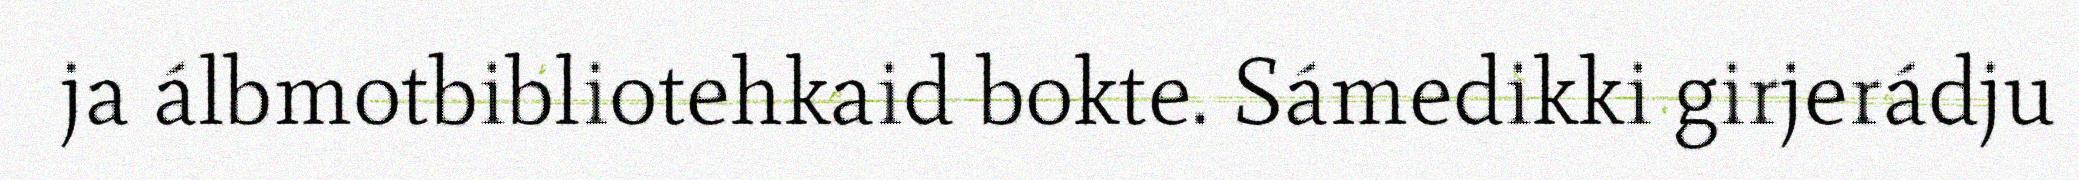
ja álbmotbibliotehkaid bokte. Sámedikki girjerádju